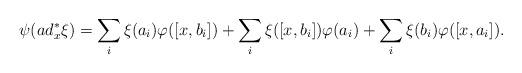
LaTeX: \begin{align*}\psi(ad^\ast_x\xi)=\sum_i \xi(a_i)\varphi([x,b_i])+\sum_i \xi([x,b_i])\varphi(a_i)+\sum_i \xi(b_i)\varphi([x,a_i]).\end{align*}